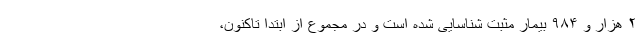
۲ هزار و ۹۸۴ بیمار مثبت شناسایی شده است و در مجموع از ابتدا تاکنون،